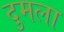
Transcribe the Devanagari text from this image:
दुमला